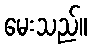
မေးသည်။